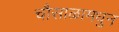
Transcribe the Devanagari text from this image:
चौसाळामधुन